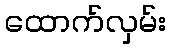
ထောက်လှမ်း